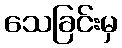
သေခြင်းမှ